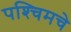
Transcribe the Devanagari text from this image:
पश्‍चिमचे